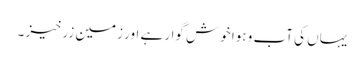
یہاں کی آب و ہوا خوش گوار ہے اور زمین زرخیز ۔